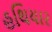
હથિયાર